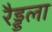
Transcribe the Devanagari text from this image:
रैड्डला